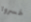
خسروا